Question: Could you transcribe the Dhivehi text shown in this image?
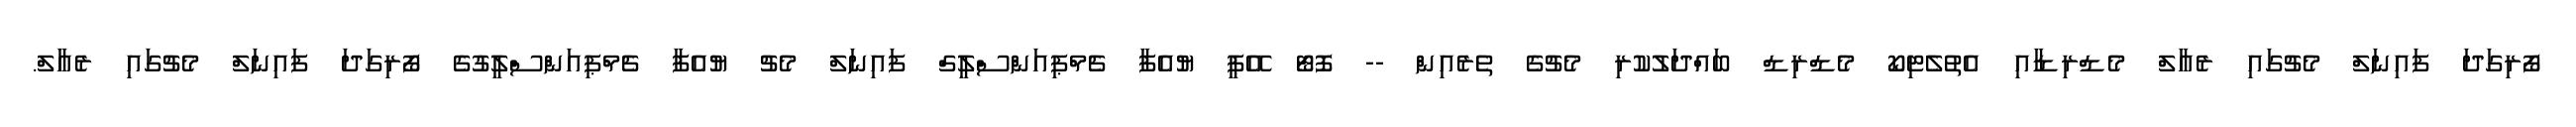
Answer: ފޯރިގަދަ ފައިނަލް މެޗުގައި ރެއާލް މެޑްރިޑާއި އެތުލެޓިކޯ މެޑްރިޑް ބައްދަލުކުރި މެޗުގެ ތެރެއިން -- ފޮޓޯ އޭޕީ ޔުއެފާ ޗެމްޕިއަންސްލީގް ފައިނަލް މެޗު ޔުއެފާ ޗެމްޕިއަންސްލީގުގެ ފޯރިގަދަ ފައިނަލް މެޗުގައި ރެއާލް.